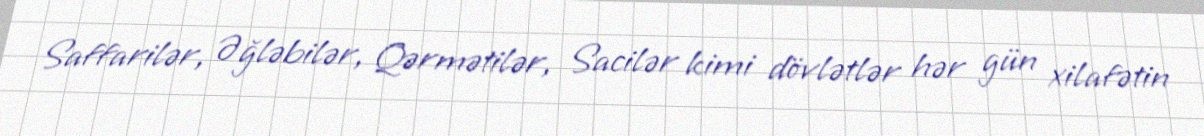
Saffarilər, Əğləbilər, Qərmətilər, Sacilər kimi dövlətlər hər gün xilafətin